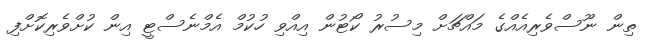
ތިން ނޫސްވެރިއެއްގެ މައްޗަށް މިސުރު ކޯޓުން އިއްވި ހުކުމް އެމްނެސްޓީ އިން ކުށްވެރިކޮށްފި